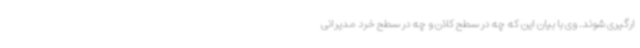
ارگیری شوند. وی با بیان این که چه در سطح کلان و چه در سطح خرد مدیرانی